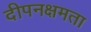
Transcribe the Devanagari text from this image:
दीपनक्षमता